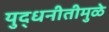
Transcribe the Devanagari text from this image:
युद्धनीतीमुळे